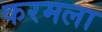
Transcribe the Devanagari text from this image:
करमला